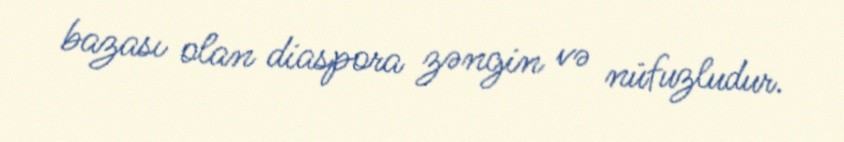
bazası olan diaspora zəngin və nüfuzludur.